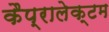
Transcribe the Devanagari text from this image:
कैप्रालेक्टम